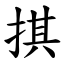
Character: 掑